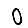
Digit: 0